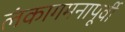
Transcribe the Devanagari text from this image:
लंकागमनापूर्वी